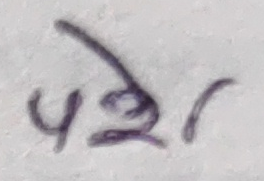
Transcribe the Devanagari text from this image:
परे१